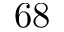
6 8